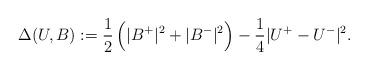
LaTeX: \begin{align*}\Delta(U,B):= \frac12 \, \Big( |B^+| ^2+ |B^-|^2 \Big) -\frac14|U^+-U^-|^2.\end{align*}